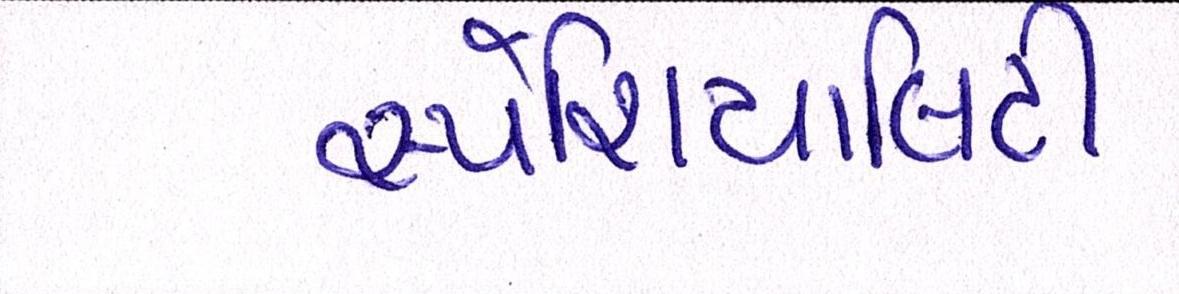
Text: સ્પેશિયાલિટી